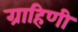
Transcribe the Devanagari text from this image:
ग्राहिणी